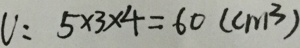
v : 5 \times 3 \times 4 = 6 0 ( c m ^ { 3 } )